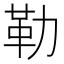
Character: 勒